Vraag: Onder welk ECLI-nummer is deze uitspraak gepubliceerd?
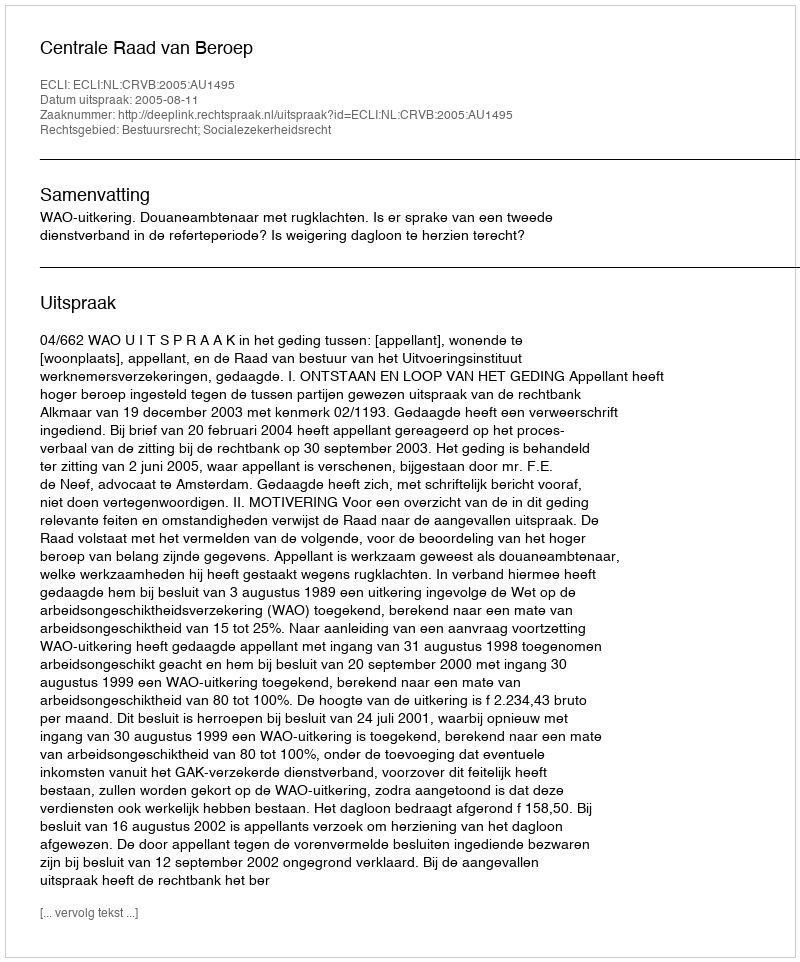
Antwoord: ECLI:NL:CRVB:2005:AU1495